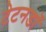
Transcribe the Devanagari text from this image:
टेटनडॉ